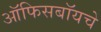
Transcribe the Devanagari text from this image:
ऑफिसबॉयचे